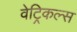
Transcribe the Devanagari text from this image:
वेट्रिकल्स